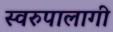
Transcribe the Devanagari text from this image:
स्वरुपालागी